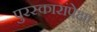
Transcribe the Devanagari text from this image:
पुरस्कारांपेक्षा